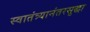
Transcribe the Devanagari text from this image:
स्वातंत्र्यानंतरसुद्धा